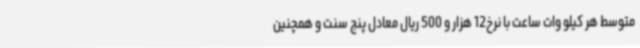
متوسط هر کیلو وات ساعت با نرخ12 هزار و 500 ریال معادل پنج سنت و همچنین